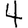
Digit: 4